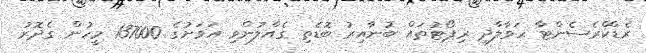
ރެޑްކްރެސެންޓާ ހަވާލާދީ ރިޕޯޓުތައް ބުނާއިރު ބޮޑެތި ގެއްލުންވި އަވަށުގެ 137000 މީހުން ގެދޮރު